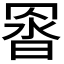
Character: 𮊇